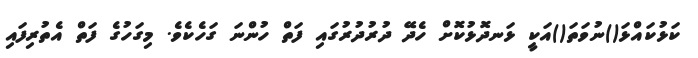
ކަޅުކައްޅަ()ނުވަތަ()އަކީ ޅަނދޮޅުކޮށް ހެދޭ ދުރުދުރުގައި ފަތް ހުންނަ ގަހެކެވެ. މިގަހުގެ ފަތް އެތުރިފައި